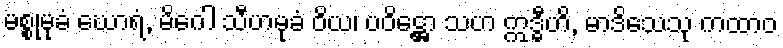
မစ္စုမုခံ ဃောရံ, မိဂေါ သီဟမုခံ ဝိယ၊ ပဝိဋ္ဌော သဟ ဣဒ္ဓီဟိ, မာဒိသေသု ကထာဝ